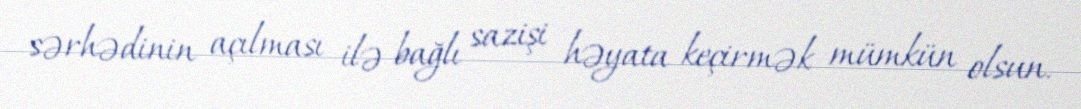
sərhədinin açılması ilə bağlı sazişi həyata keçirmək mümkün olsun.